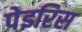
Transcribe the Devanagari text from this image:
पेइरिस